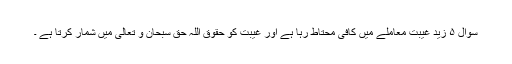
سوال ۵ زید غیبت معاملے میں کافی محتاط رہا ہے اور غیبت کو حقوق اللہ حق سبحان و تعالی میں شمار کرتا ہے ۔